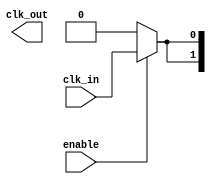
module ClockTreeBuffer #(
    parameter NUM_OUTPUTS = 4,   // Number of output drivers
    parameter STAGE_COUNT = 2,    // Number of buffer stages
    parameter WIDTH = 4            // Buffer width for driving capability
)(
    input wire clk_in,             // Input clock signal
    input wire enable,             // Enable signal for power management
    output wire [NUM_OUTPUTS-1:0] clk_out  // Output clock signals
);

    // Internal wires for buffering stages
    wire [STAGE_COUNT-1:0] clk_buf [NUM_OUTPUTS-1:0];
    
    // Generate the buffer stages
    genvar i, j;
    generate
        // Buffer stages
        for (i = 0; i < NUM_OUTPUTS; i = i + 1) begin: output_driver
            // Stage 0 - Directly driving from clk_in
            assign clk_buf[0][i] = (enable) ? clk_in : 1'b0; // MUX for enable
            
            for (j = 1; j < STAGE_COUNT; j = j + 1) begin: buffer_stage
                // Instantiate a buffer for each stage
                assign clk_buf[j][i] = (enable) ? clk_buf[j-1][i] : 1'b0; // Buffering logic
            end
            
            // Final output drivers (last stage)
            assign clk_out[i] = clk_buf[STAGE_COUNT-1][i];
        end
    endgenerate

    // Simulation and Debugging Features
    // You can add additional logic here to handle testing features, scan chains, etc.

endmodule